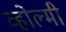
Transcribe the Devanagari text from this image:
व्होल्मी